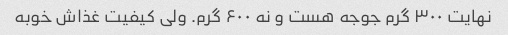
نهایت ۳۰۰ گرم جوجه هست و نه ۶۰۰ گرم. ولی کیفیت غذاش خوبه